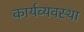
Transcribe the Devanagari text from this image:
कार्यव्यवस्था